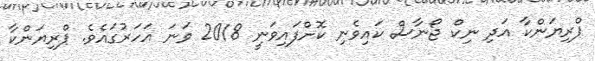
ޕްރިޔަންކާ އަދި ނިކް ޖޯނާސް ކައިވެނި ކޮށްފައިވަނީ 2018 ވަނަ އަހަރުގައެވެ. ޕްރިޔަންކާ